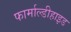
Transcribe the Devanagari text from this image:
फार्माल्डीहाइड